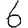
Digit: 6